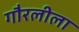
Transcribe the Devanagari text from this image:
गौरलीला